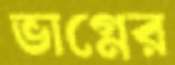
ভাগ্নের